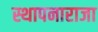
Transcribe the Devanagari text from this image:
स्थापनाराजा